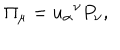
LaTeX: \Pi _ { \mu } = u _ { \alpha } \hspace { 0 . 1 m m } ^ { \nu } P _ { \nu } ,